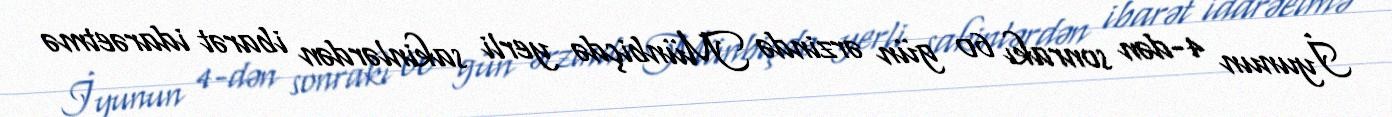
İyunun 4-dən sonrakı 60 gün ərzində Münbiçdə yerli sakinlərdən ibarət idarəetmə